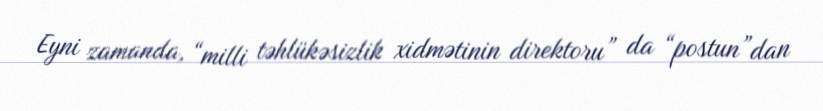
Eyni zamanda, “milli təhlükəsizlik xidmətinin direktoru” da “postun”dan